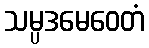
သမ္ပဒမေဝေတံ